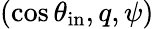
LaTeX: (\cos\theta_{\mathrm{in}},q,\psi)